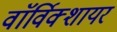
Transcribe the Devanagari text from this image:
वाॅर्विक्शायर